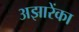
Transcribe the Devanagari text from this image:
अझारेंका